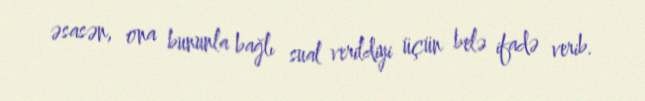
əsasən, ona bununla bağlı sual verildiyi üçün belə ifadə verib.